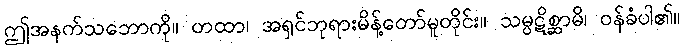
ဤအနက်သဘောကို။ တထာ၊ အရှင်ဘုရားမိန့်တော်မူတိုင်း။ သမ္ပဋိစ္ဆာမိ၊ ဝန်ခံပါ၏။